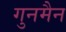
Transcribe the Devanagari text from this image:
गुनमैन